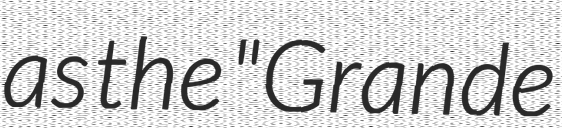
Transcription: as the "Grande